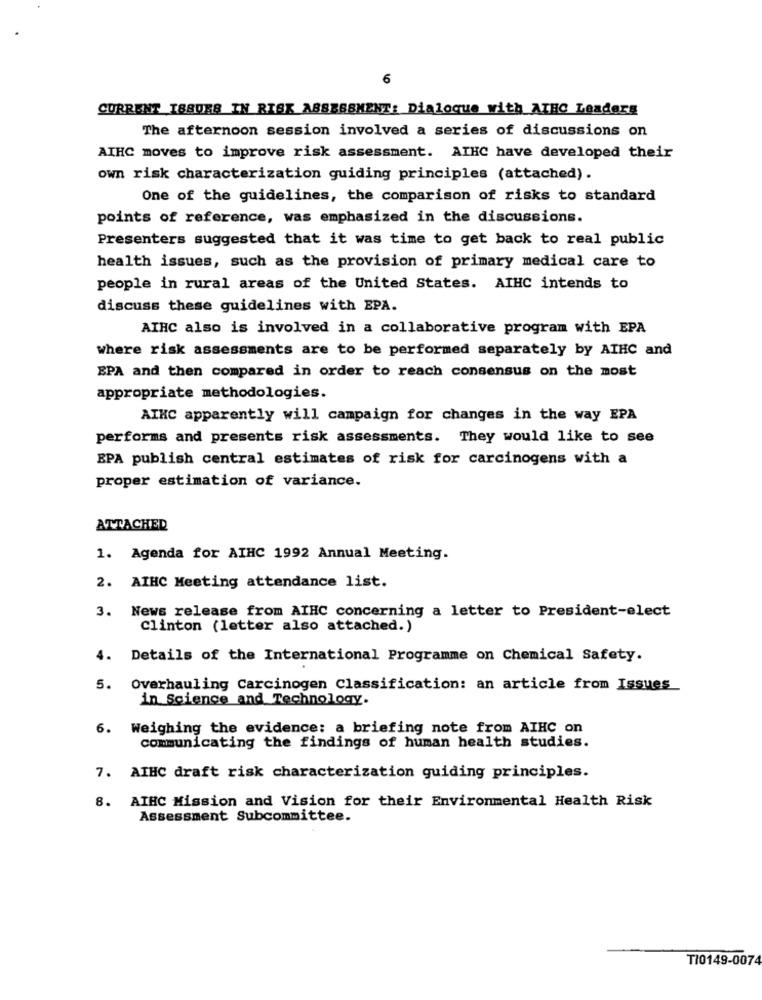
6
CURRENT ISSUES IN RISK ASSESSMENT: Dialogue with_ATHC Leaders
The afternoon session involved a series of discussions on
AIHC moves to improve risk assessment. AIHC have developed their
own risk characterization guiding principles (attached).
One of the guidelines, the comparison of risks to standard
points of reference, was emphasized in the discussions.
Presenters suggested that it was time to get back to real public
health issues, such as the provision of primary medical care to
people in rural areas of the United States. AIHC intends to
discuss these guidelines with EPA.
AIHC also is involved in a collaborative program with EPA
where risk assessments are to be performed separately by AIHC and
EPA and then compared in order to reach consensus on the most
appropriate methodologies.
AIKC apparently will campaign for changes in the way EPA
performs and presents risk assessments. They would like to see
EPA publish central estimates of risk for carcinogens with a
proper estimation of variance.
ATTACHED
1. Agenda for AIHC 1992 Annual Meeting.
2. AIHC Meeting attendance list.
News release from AIHC concerning a letter to President-elect
3.
Clinton (letter also attached.)
4.
Details of the International Programme on Chemical Safety.
5.
Overhauling Carcinogen Classification: an article from Issues
in Science and Technology.
6. Weighing the evidence: a briefing note from AIHC on
communicating the findings of human health studies.
7. AIHC draft risk characterization guiding principles.
AIHC Mission and Vision for their Environmental Health Risk
8.
Assessment Subcommittee.
TI0149-0074